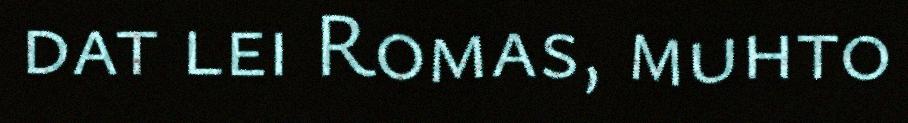
dat lei Romas, muhto